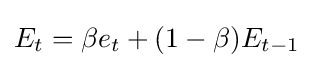
E_{t}=\beta e_{t}+(1-\beta )E_{t-1}